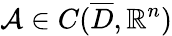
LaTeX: \mathcal{A}\in C(\overline{{D}},\mathbb{R}^{n})